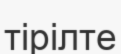
тірілте